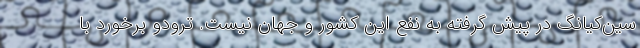
سین‌کیانگ در پیش گرفته به نفع این کشور و جهان نیست. ترودو برخورد با